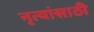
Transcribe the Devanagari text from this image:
नृत्यांसाठी